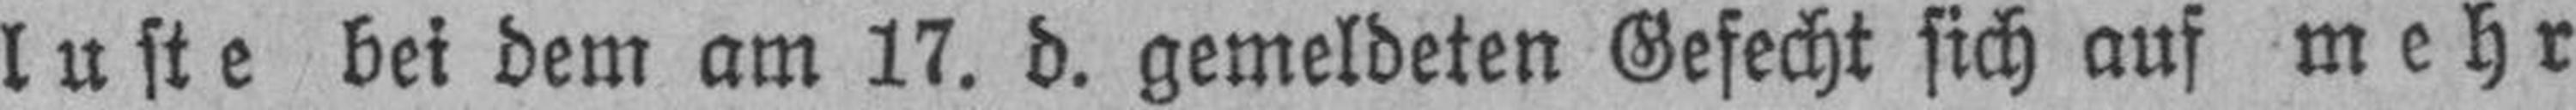
luste bei dem am 17. d. gemeldeten Gefecht sich auf mehr